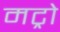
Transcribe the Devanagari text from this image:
मट्रो